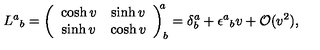
L ^ { a } { } _ { b } = \left( \begin{array} { c c } { \cosh v } & { \sinh v } \\ { \sinh v } & { \cosh v } \\ \end{array} \right) _ { b } ^ { \! \! a } = \delta _ { b } ^ { a } + \epsilon ^ { a } { } _ { b } v + \mathcal { O } ( v ^ { 2 } ) ,